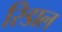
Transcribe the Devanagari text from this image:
रिडाल